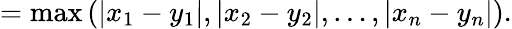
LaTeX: =\operatorname*{max}\left(|x_{1}-y_{1}|,|x_{2}-y_{2}|,\ldots,|x_{n}-y_{n}|\right).